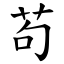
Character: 苟